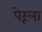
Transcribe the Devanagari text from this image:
पेरूला